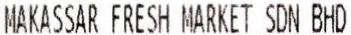
MAKASSAR FRESH MARKET SDN BHD